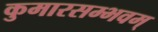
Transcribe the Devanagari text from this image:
कुमारसम्भवम्‌